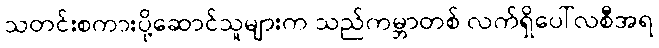
သတင်းစကားပို့ဆောင်သူများက သည်ကမ္ဘာတစ် လက်ရှိပေါ်လစီအရ